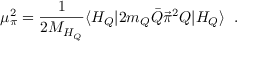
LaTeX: \mu _ { \pi } ^ { 2 } = \frac { 1 } { 2 M _ { H _ { Q } } } \langle H _ { Q } | 2 m _ { Q } \bar { Q } { \vec { \pi } } ^ { 2 } Q | H _ { Q } \rangle \; \; .